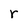
Character: r